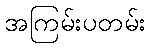
အကြမ်းပတမ်း